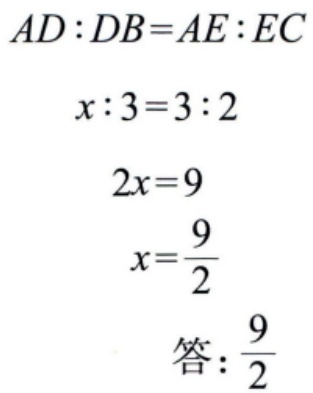
\[
\begin{align*}
AD:DB&=AE:EC\\
x:3&=3:2\\
2x&=9\\
x&=\frac{9}{2}\\
\text{答：}&\frac{9}{2}
\end{align*}
\]